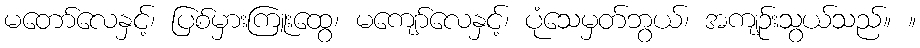
မတော်လေနှင့်၊ ပြစ်မှားကြူးထွေ၊ မကျော်လေနှင့်၊ ပုံသေမှတ်ဘွယ်၊ အကျဉ်းသွယ်သည်။ ။